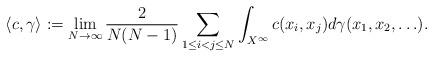
LaTeX: \begin{align*} \langle c,\gamma\rangle:=\lim_{N\to\infty}\frac{2}{N(N-1)}\sum_{1\le i <j\le N}\int_{X^\infty}c(x_i,x_j)d\gamma(x_1,x_2,\ldots).\end{align*}